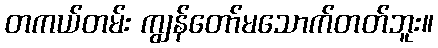
တကယ်တမ်း ကျွန်တော်မသောက်တတ်ဘူး။